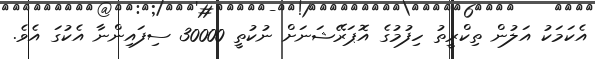
އެކަމަކު އަލުން ތިކްރީތު ހިފުމުގެ އޮޕަރޭޝަނަށް ނުކުތީ 30000 ސިފައިންނާ އެކުގަ އެވެ.